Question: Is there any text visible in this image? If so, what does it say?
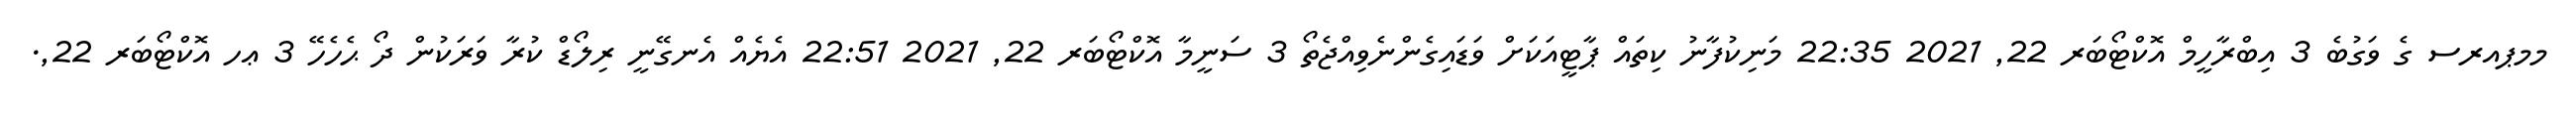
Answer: މމޕއރސ ގެ ވަގުބެ 3 އިބްރާހީމް އޮކްޓޯބަރ 22, 2021 22:35 މަނިކުފާނު ކިތައް ޕާޓީއަކަށް ވަޑައިގެންނެވިއްޖެތޯ 3 ސަނީމާ އޮކްޓޯބަރ 22, 2021 22:51 އެޔެއް އެނގޭނީ ރިލޯޑް ކުރާ ވަރަކުން ދޯ ޙެހެހޭ 3 ޢހ އޮކްޓޯބަރ 22,.